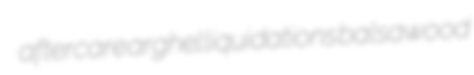
aftercare arghel liquidations balsawood